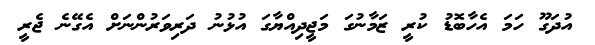
އުދަގޫ ހަމަ އެހާބޮޑު ކުރީ ޒަމާނުގަ މަޖީދިއްޔާގަ އުޅުނު ދަރިވަރުންނަށް އެގޭނެ ޖެރީ